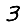
Digit: 3